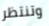
وتنتظر